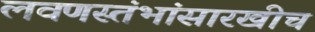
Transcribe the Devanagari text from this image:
लवणस्तंभांसारखीच